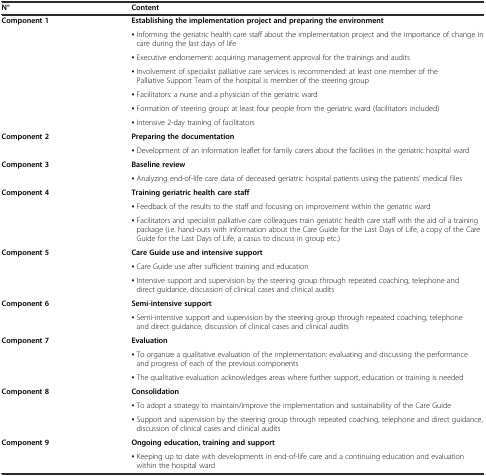
| N° | Content |
 | --- | --- |
 | Component 1 | Establishing the implementation project and preparing the environment |
 |  | ▪ Informing the geriatric health care staff about the implementation project and the importance of change in care during the last days of life |
 | <ROWSPAN=2>  | ▪ Executive endorsement: acquiring management approval for the trainings and audits |
 | ▪ Involvement of specialist palliative care services is recommended: at least one member of the Palliative Support Team of the hospital is member of the steering group |
 |  | ▪ Facilitators: a nurse and a physician of the geriatric ward |
 |  | ▪ Formation of steering group: at least four people from the geriatric ward (facilitators included) |
 |  | ▪ Intensive 2-day training of facilitators |
 | Component 2 | Preparing the documentation |
 |  | ▪ Development of an information leaflet for family carers about the facilities in the geriatric hospital ward |
 | Component 3 | Baseline review |
 |  | ▪ Analyzing end-of-life care data of deceased geriatric hospital patients using the patients’ medical files |
 | Component 4 | Training geriatric health care staff |
 |  | ▪ Feedback of the results to the staff and focusing on improvement within the geriatric ward |
 |  | ▪ Facilitators and specialist palliative care colleagues train geriatric health care staff with the aid of a training package (i.e. hand-outs with information about the Care Guide for the Last Days of Life, a copy of the Care Guide for the Last Days of Life, a casus to discuss in group etc.) |
 | Component 5 | Care Guide use and intensive support |
 |  | ▪ Care Guide use after sufficient training and education |
 |  | ▪ Intensive support and supervision by the steering group through repeated coaching, telephone and direct guidance, discussion of clinical cases and clinical audits |
 | Component 6 | Semi-intensive support |
 |  | ▪ Semi-intensive support and supervision by the steering group through repeated coaching, telephone and direct guidance, discussion of clinical cases and clinical audits |
 | Component 7 | Evaluation |
 |  | ▪ To organize a qualitative evaluation of the implementation: evaluating and discussing the performance and progress of each of the previous components |
 |  | ▪ The qualitative evaluation acknowledges areas where further support, education or training is needed |
 | Component 8 | Consolidation |
 |  | ▪ To adopt a strategy to maintain/improve the implementation and sustainability of the Care Guide |
 |  | ▪ Support and supervision by the steering group through repeated coaching, telephone and direct guidance, discussion of clinical cases and clinical audits |
 | Component 9 | Ongoing education, training and support |
 |  | ▪ Keeping up to date with developments in end-of-life care and a continuing education and evaluation within the hospital ward |